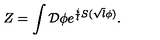
Z = \int { \cal D } \phi e ^ { { \frac { i } { l } } S ( \sqrt { l } \phi ) } .